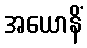
အယောနိံ